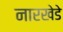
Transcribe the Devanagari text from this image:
नारखेडे